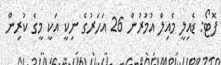
ފޮޓޯ: ޑެއިލީ މެއިލް އުމުރުން 26 އަހަރުގެ ނިކީ އަކީ މީގެ ކުރިން